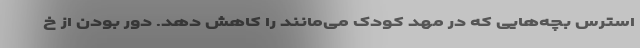
استرس بچه‌هایی که در مهد کودک می‌مانند را کاهش دهد. دور بودن از خ